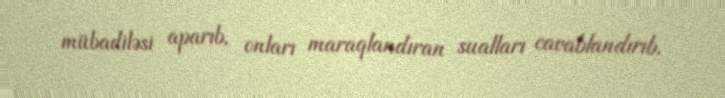
mübadiləsi aparıb, onları maraqlandıran sualları cavablandırıb.